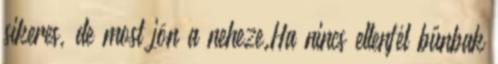
sikeres, de most jön a neheze.Ha nincs ellenfél bűnbak